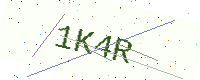
Text: 1K4R